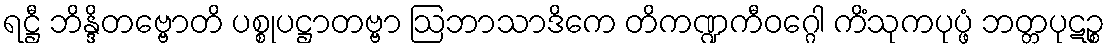
ရဋ္ဌီ ဘိန္ဒိတဗ္ဗောတိ ပစ္စုပဋ္ဌာတဗ္ဗာ ဩဘာသာဒိကေ တိကဏ္ဍကီဝဂ္ဂေါ ကိံသုကပုပ္ဖံ ဘတ္တပုဋဉ္စ